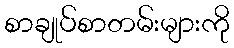
စာချုပ်စာတမ်းများကို